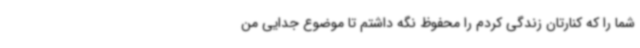
شما را که کنارتان زندگی کردم را محفوظ نگه داشتم تا موضوع جدایی من